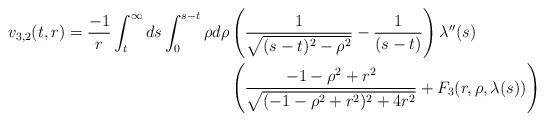
LaTeX: \begin{align*} v_{3,2}(t,r) = \frac{-1}{r} \int_{t}^{\infty} ds \int_{0}^{s-t} \rho d\rho& \left(\frac{1}{\sqrt{(s-t)^{2}-\rho^{2}}}-\frac{1}{(s-t)}\right)\lambda''(s) \\&\left(\frac{-1-\rho^{2}+r^{2}}{\sqrt{(-1-\rho^{2}+r^{2})^{2}+4r^{2}}}+F_{3}(r,\rho,\lambda(s))\right)\end{align*}